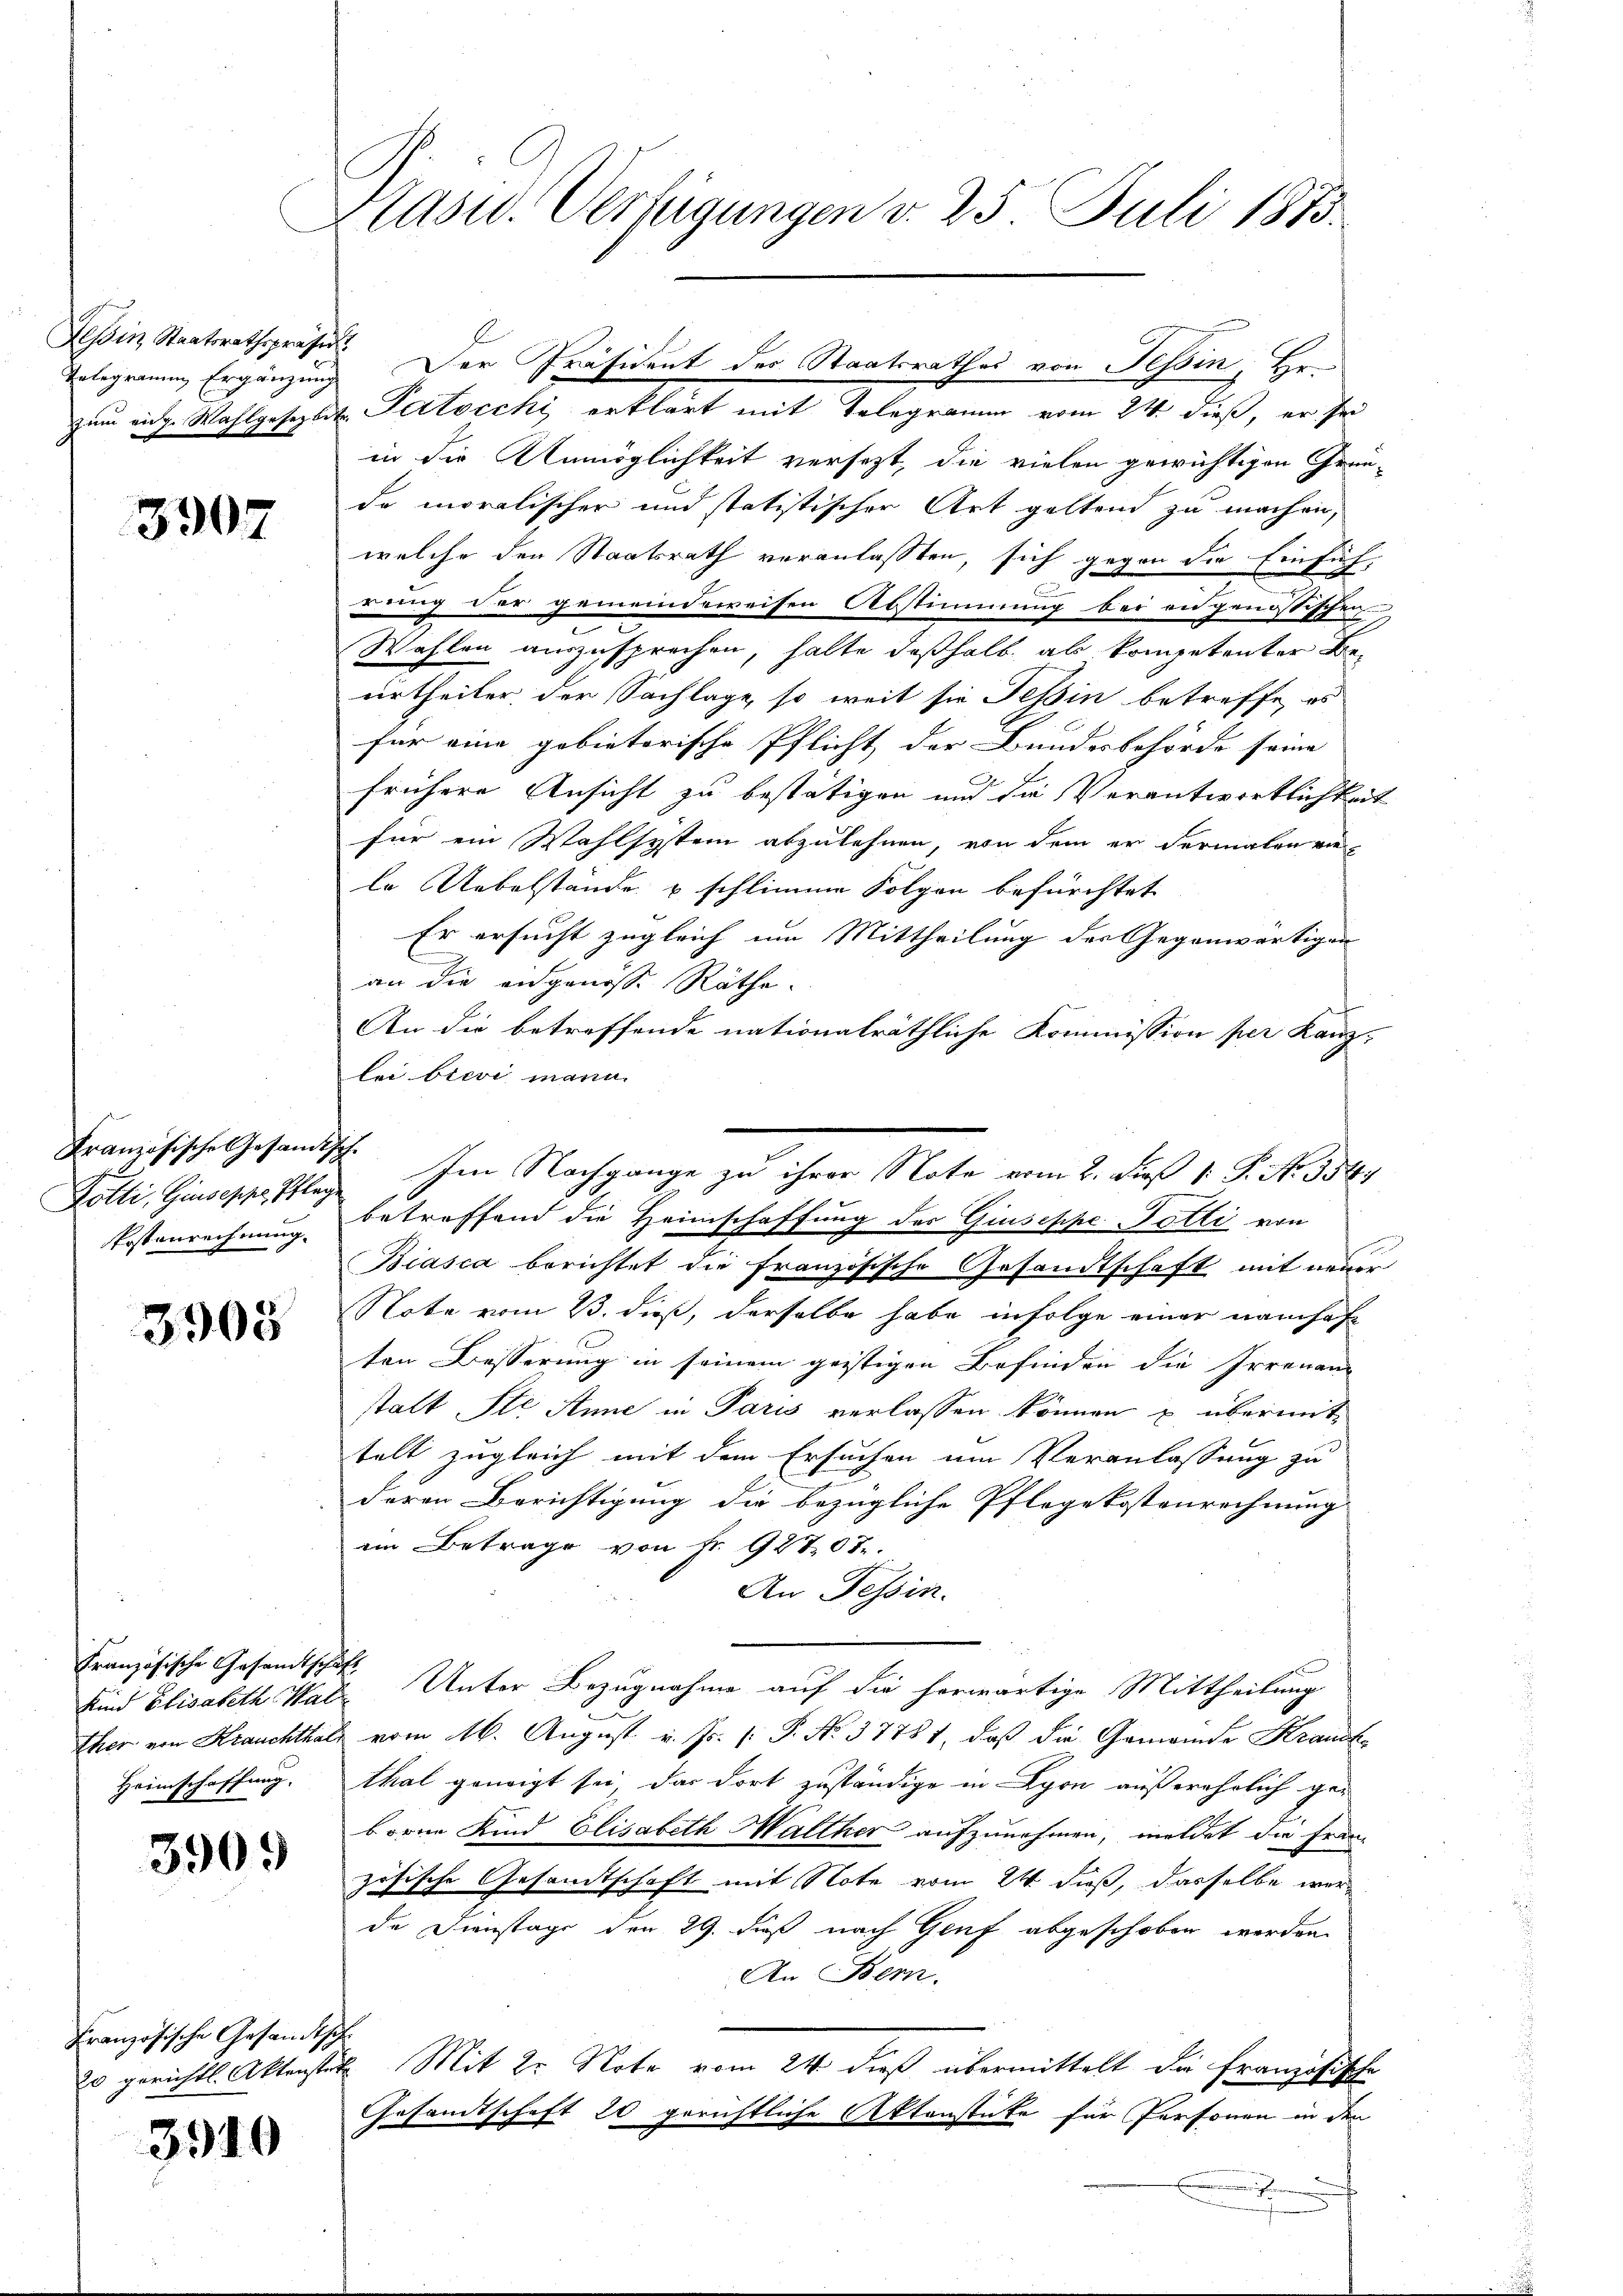
Telegramm Ergänzung

3907

Französische Gesandt¬
Golti, Giuseppe, Pfleg
Postenrechnung.

3908

Französische Gesamtschäf
Kind Elisabeth Hal
ther von Krauchthal,
Heimschaffung.

3909

Französische Gesandtsch
20 gerichtl. Aktenster

3910

Präsid. Verfügungen v. 25 Juli 1813.

zum eidg. Wahlgesezlits Pertocchi erklärt mit Telegramm vom 24. dieß, er sei
in die Unmöglichkeit versezt, die vielen gewichtigen Grün-
de moralischer und statistischer Art geltend zu machen,
welche den Staatsrath veranlasten, sich gegen die Einsuch,
rung der gemeindeweisen Abstimmung bei eidgenössischen
Wahlen auszusprechen, halte deßhalb als kompetenter Beurtheiler der Sachlage, so weit sie Tessin betreffe, es
für eine gebieterische Pflicht, der Bundesbehörde seine
frühere Ansicht zu bestätigen und die Verantwortlichkeit
für ein Wahlsystem abzulehnen, von dem er dermalen vie-
le Uebelstände u schlimme Folgen befürchtet
Er ersucht zugleich um Mittheilung der Gegenwärtigen
e
an die angenosse Räthe.
An die betreffende nationalräthliche Kommission per Kanz-
lei brevi mann.
betreffend die Heimschaffung des Giuseppe Potti von
Biasca berichtet die französische Gesandtschaft mit neuer
Note vom 23. dieß, derselbe habe infolge einer namhaf
ten Besserung in seinem geistigen Befinden die Irrenan
stalt Ste Anne in Paris verlassen können u. übermittelt zugleich mit dem Ersuchen um Veranlassung zu
deren Berichtigung die bezügliche Pflegekostenrechnung
in Betrage von Fr. 92707.
An Tessin.
Unter Bezugnahme auf die herwärtige Mittheilung
vom 16. August v. Js. [: P. No. 37781, daß die Gemeinde Krauch
thal geneigt sei, das dort zuständige in Lyon außerehrlich ge-
bornen Kind Elisabeth Walther aufzunehmen, meldet die Fran
zösische Gesandtschaft mit Note vom 24. dieß, dasselbe werde Dienstage den 29. dieß nach Genf abgeschoben werden
An Bem
e
2. Mit 2r Note vom 24. dieß übermittelt die Französische
Gesandtschaft 20 gerichtliche Aktenstüke für Personen in den
.

Tessin, Staatsrathspresen. Der Präsident der Staatsrathes von Tessin, He¬

4. Im Nachgange zu ihrer Note vom 2. dieß 1 S. No. 354